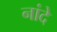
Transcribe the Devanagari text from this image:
नांदे